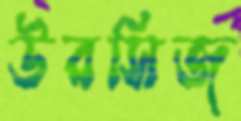
উরসিজ